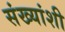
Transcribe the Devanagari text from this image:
संख्यांशी